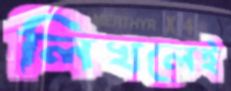
লিখলেই